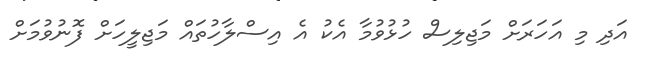
އަދި މި އަހަރަށް މަޖިލިސް ހުޅުވުމާ އެކު އެ އިސްލާހުތައް މަޖިލީހަށް ފޮނުވުމަށް